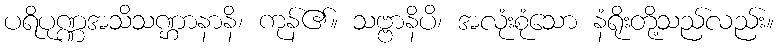
ပရိပုဏ္ဏအသိသဏ္ဌာနာနိ၊ ကုန်၏။ သဗ္ဗာနိပိ၊ အလုံးစုံသော နံရိုးတို့သည်လည်း။